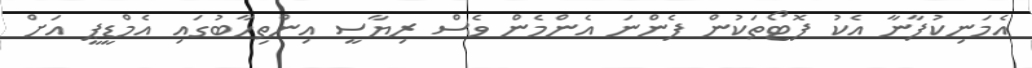
އެމަނިކުފާނާ އެކު ފޮޓޯތަކުން ފެންނަ އެންމެން ވެސް ރިޔާސީ އިންތިހާބުގައި އެމްޑީޕީ އަށް